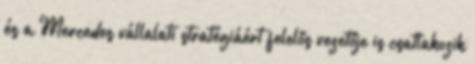
és a Mercedes vállalati stratégiáért felelős vezetője is csatlakozik